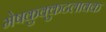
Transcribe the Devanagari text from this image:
मेषकुक्कुटलावक